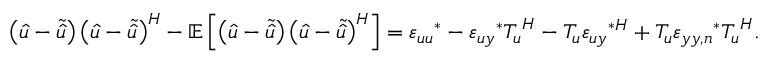
\left( \boldsymbol { \hat { u } } - \boldsymbol { \tilde { \hat { u } } } \right) \left( \boldsymbol { \hat { u } } - \boldsymbol { \tilde { \hat { u } } } \right) ^ { H } - \mathbb { E } \left[ \left( \boldsymbol { \hat { u } } - \boldsymbol { \tilde { \hat { u } } } \right) \left( \boldsymbol { \hat { u } } - \boldsymbol { \tilde { \hat { u } } } \right) ^ { H } \right] = \boldsymbol { \varepsilon _ { u u } } ^ { * } - \boldsymbol { \varepsilon _ { u y } } ^ { * } \boldsymbol { T _ { u } } ^ { H } - \boldsymbol { T _ { u } } { \boldsymbol { \varepsilon _ { u y } } ^ { * H } } + \boldsymbol { T _ { u } } \boldsymbol { \varepsilon _ { y y , n } } ^ { * } \boldsymbol { T _ { u } } ^ { H } .